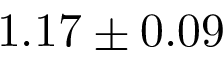
1 . 1 7 \pm 0 . 0 9